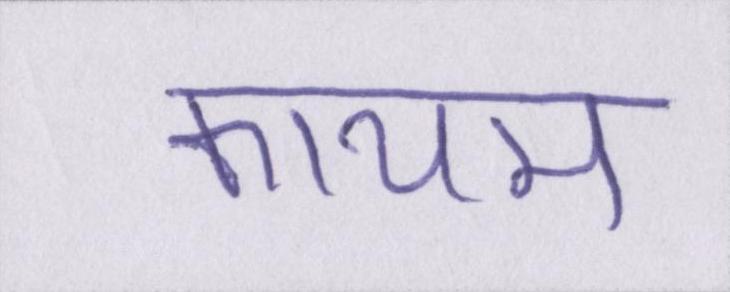
कायम